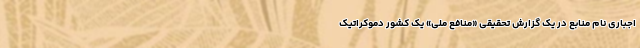
اجباری نام منابع در یک گزارش تحقیقی «منافع ملی» یک کشور دموکراتیک